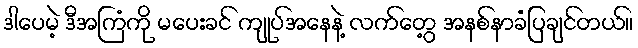
ဒါပေမဲ့ ဒီအကြံကို မပေးခင် ကျုပ်အနေနဲ့ လက်တွေ့ အနစ်နာခံပြချင်တယ်။